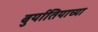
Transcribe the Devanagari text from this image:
बुर्यातियाच्या